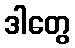
ဒါတွေ